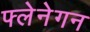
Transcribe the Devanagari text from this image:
फ्लेनेगन